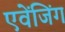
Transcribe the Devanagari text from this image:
एवेंजिंग